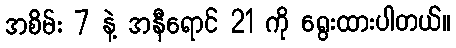
အစိမ်း 7 နဲ့ အနီရောင် 21 ကို ရွေးထားပါတယ်။